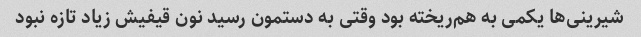
شیرینی‌ها یکمی به هم‌ریخته بود وقتی به دستمون رسید نون قیفیش زیاد تازه نبود